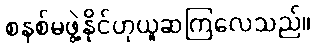
စနစ်မဖွဲ့နိုင်ဟုယူဆကြလေသည်။